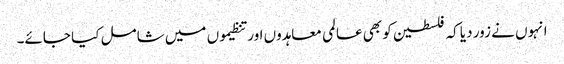
انہوں نے زور دیا کہ فلسطین کو بھی عالمی معاہدوں اور تنظیموں میں شامل کیا جائے۔